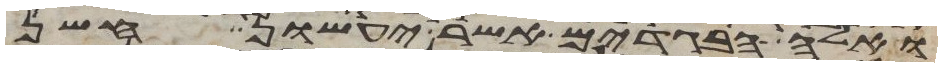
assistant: ואלה הבגדים אשר יעשון חשן